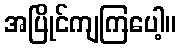
အပြိုင်ကျကြပေါ့။